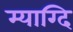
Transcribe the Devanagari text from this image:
म्याग्दि